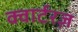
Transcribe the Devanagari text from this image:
क्वार्टरज़